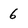
Character: 6